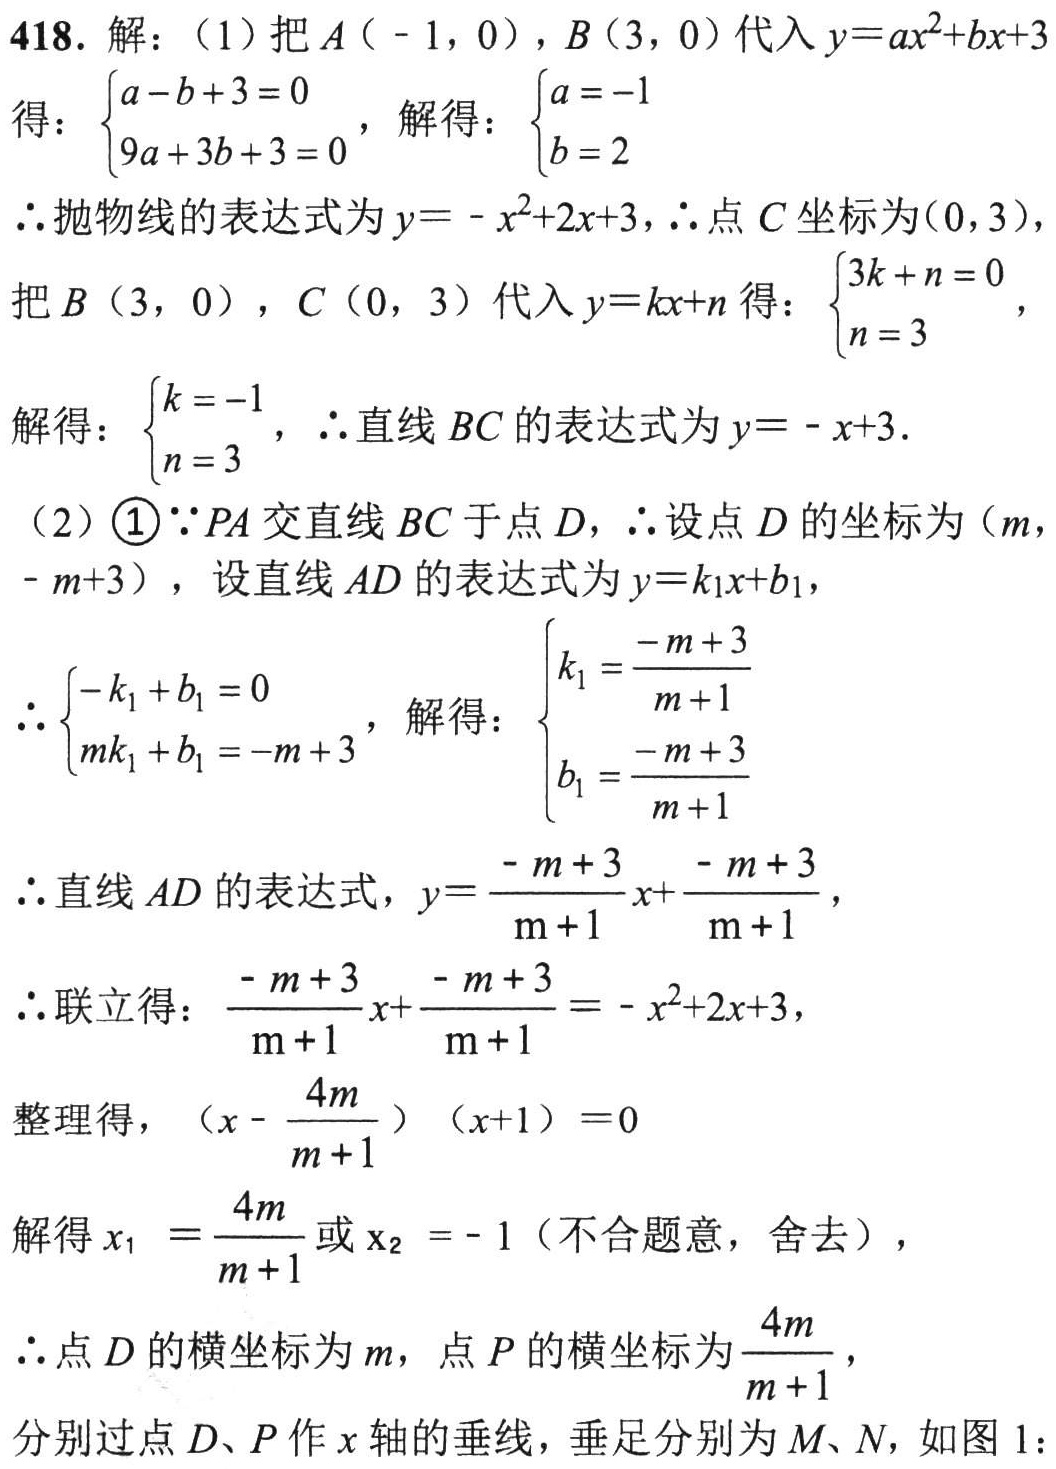
418. 解：（1）把\(A(-1,0)\)，\(B(3,0)\)代入\(y = ax^{2}+bx + 3\)
得：\(\begin{cases}a - b + 3 = 0\\9a + 3b + 3 = 0\end{cases}\)，解得：\(\begin{cases}a = -1\\b = 2\end{cases}\)
\(\therefore\)抛物线的表达式为\(y=-x^{2}+2x + 3\)，\(\therefore\)点\(C\)坐标为\((0,3)\)，
把\(B(3,0)\)，\(C(0,3)\)代入\(y = kx + n\)得：\(\begin{cases}3k + n = 0\\n = 3\end{cases}\)，
解得：\(\begin{cases}k = -1\\n = 3\end{cases}\)，\(\therefore\)直线\(BC\)的表达式为\(y=-x + 3\)．
（2）\textcircled{1}\(\because PA\)交直线\(BC\)于点\(D\)，\(\therefore\)设点\(D\)的坐标为\((m,-m + 3)\)，设直线\(AD\)的表达式为\(y = k_{1}x + b_{1}\)，
\(\therefore\begin{cases}-k_{1}+b_{1}=0\\mk_{1}+b_{1}=-m + 3\end{cases}\)，解得：\(\begin{cases}k_{1}=\dfrac{-m + 3}{m + 1}\\b_{1}=\dfrac{-m + 3}{m + 1}\end{cases}\)
\(\therefore\)直线\(AD\)的表达式，\(y=\dfrac{-m + 3}{m + 1}x+\dfrac{-m + 3}{m + 1}\)，
\(\therefore\)联立得：\(\dfrac{-m + 3}{m + 1}x+\dfrac{-m + 3}{m + 1}=-x^{2}+2x + 3\)，
整理得，\(\left(x-\dfrac{4m}{m + 1}\right)(x + 1)=0\)
解得\(x_{1}=\dfrac{4m}{m + 1}\)或\(x_{2}=-1\)（不合题意，舍去），
\(\therefore\)点\(D\)的横坐标为\(m\)，点\(P\)的横坐标为\(\dfrac{4m}{m + 1}\)，
分别过点\(D、P\)作\(x\)轴的垂线，垂足分别为\(M、N\)，如图1：